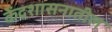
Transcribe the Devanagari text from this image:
केंद्रशासनातील